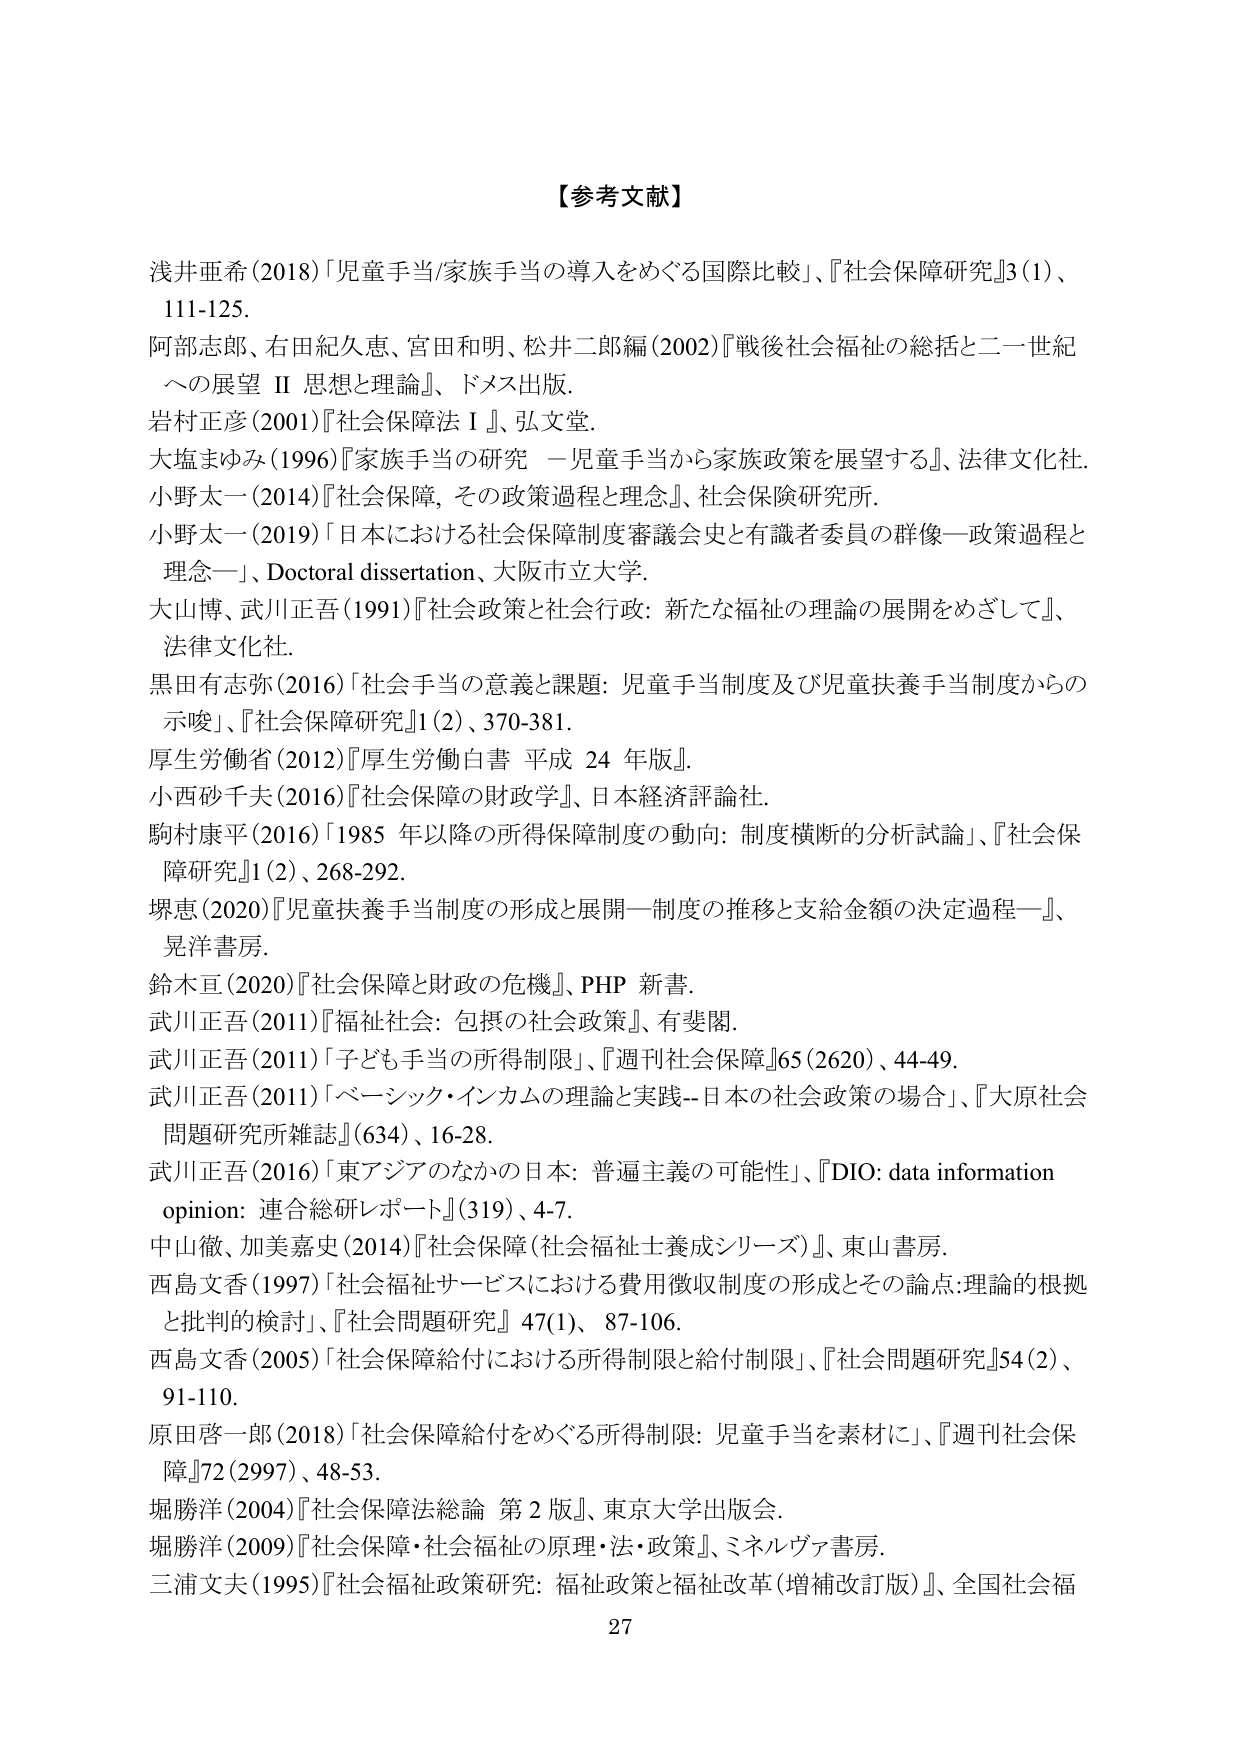
【参考文献】

浅井亜希（2018）「児童手当/家族手当の導入をめぐる国際比較」、『社会保障研究』3（1）、111-125。

阿部志郎、右田紀久恵、宮田和明、松井二郎編（2002）『戦後社会福祉の総括と二一世紀への展望 II 思想と理論』、ドメス出版。

岩村正彦（2001）『社会保障法 I』、弘文堂。

大塩まゆみ（1996）『家族手当の研究 —児童手当から家族政策を展望する』、法律文化社。

小野太一（2014）『社会保障，その政策過程と理念』、社会保険研究所。

小野太一（2019）「日本における社会保障制度審議会史と有識者委員の群像—政策過程と理念—」、Doctoral dissertation、大阪市立大学。

大山博、武川正吾（1991）『社会政策と社会行政：新たな福祉の理論の展開をめざして』、法律文化社。

黒田有志弥（2016）「社会手当の意義と課題：児童手当制度及び児童扶養手当制度からの示唆」、『社会保障研究』1（2）、370-381。

厚生労働省（2012）『厚生労働白書 平成24年版』。

小西砂千夫（2016）『社会保障の財政学』、日本経済評論社。

駒村康平（2016）「1985年以降の所得保障制度の動向：制度横断的分析試論」、『社会保障研究』1（2）、268-292。

堺恵（2020）『児童扶養手当制度の形成と展開—制度の推移と支給金額の決定過程—』、晃洋書房。

鈴木亘（2020）『社会保障と財政の危機』、PHP新書。

武川正吾（2011）『福祉社会：包摂的社会政策』、有斐閣。

武川正吾（2011）「子ども手当の所得制限」、『週刊社会保障』65（2620）、44-49。

武川正吾（2011）「ベーシック・インカムの理論と実践—日本の社会政策の場合」、『大原社会問題研究所雑誌』（634）、16-28。

武川正吾（2016）「東アジアのなかの日本：普遍主義の可能性」、『DIO: data information opinion: 連合総研レポート』（319）、4-7。

中山徹、加美嘉史（2014）『社会保障（社会福祉士養成シリーズ）』、東山書房。

西島文香（1997）「社会福祉サービスにおける費用徴収制度の形成とその論点：理論的根拠と批判的検討」、『社会問題研究』47（1）、87-106。

西島文香（2005）「社会保障給付における所得制限と給付制限」、『社会問題研究』54（2）、91-110。

原田啓一郎（2018）「社会保障給付をめぐる所得制限：児童手当を素材に」、『週刊社会保障』72（2997）、48-53。

堀勝洋（2004）『社会保障法総論 第2版』、東京大学出版会。

堀勝洋（2009）『社会保障・社会福祉の原理・法・政策』、ミネルヴァ書房。

三浦文夫（1995）『社会福祉政策研究：福祉政策と福祉改革（増補改訂版）』、全国社会福

27